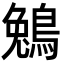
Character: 鵵